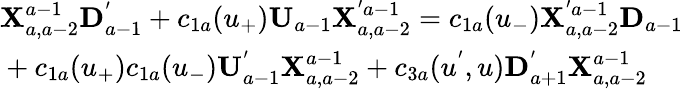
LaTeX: \begin{array}{l}{{{\mathbf X}_{a,a-2}^{a-1}{\mathbf D}_{a-1}^{'}+c_{1a}(u_{+}){\mathbf U}_{a-1}{\mathbf X}_{a,a-2}^{'a-1}=c_{1a}(u_{-}){\mathbf X}_{a,a-2}^{'a-1}{\mathbf D}_{a-1}}}\\ {{\mathrm{}+c_{1a}(u_{+})c_{1a}(u_{-}){\mathbf U}_{a-1}^{'}{\mathbf X}_{a,a-2}^{a-1}+c_{3a}(u^{'},u){\mathbf D}_{a+1}^{'}{\mathbf X}_{a,a-2}^{a-1}}}\end{array}